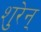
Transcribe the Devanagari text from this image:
शुरेन्